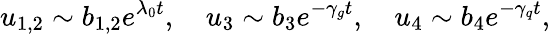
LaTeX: u_{1,2}\sim b_{1,2}e^{\lambda_{0}t},\quad u_{3}\sim b_{3}e^{-\gamma_{g}t},\quad u_{4}\sim b_{4}e^{-\gamma_{q}t},